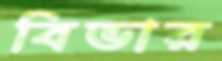
বিভার